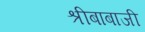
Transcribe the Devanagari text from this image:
श्रीबाबाजी